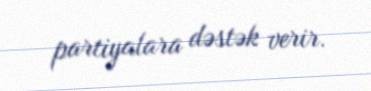
partiyalara dəstək verir.